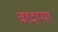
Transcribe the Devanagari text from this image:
वरदय्या